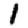
Digit: 1